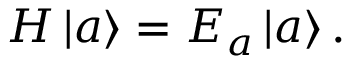
H \left| a \right\rangle = E _ { a } \left| a \right\rangle .